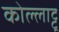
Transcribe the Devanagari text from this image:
कोल्लाट्टू